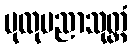
ပုထုပညာသုတ္တံ